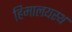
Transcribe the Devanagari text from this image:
हिमालयस्थ